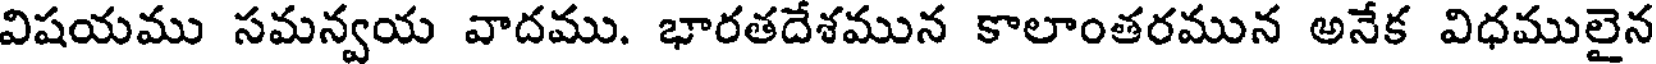
విషయము సమన్వయ వాదము. భారతదేశమున కాలాంతరమున అనేక విధములైన